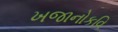
ખજાનોકવિ